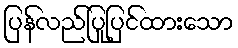
ပြန်လည်ပြုပြင်ထားသော